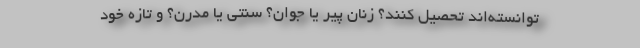
توانسته‌اند تحصیل کنند؟ زنان پیر یا جوان؟ سنتی یا مدرن؟ و تازه خود